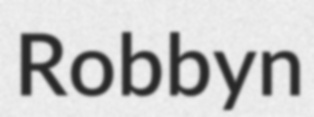
Robbyn